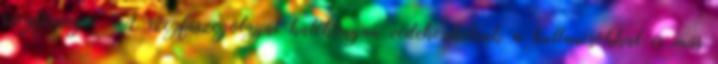
szegfűszegre. A szegfűszegolajjal hatékonyan védekezhetünk a kullancsokkal és más